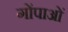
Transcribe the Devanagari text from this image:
गोंपाओं